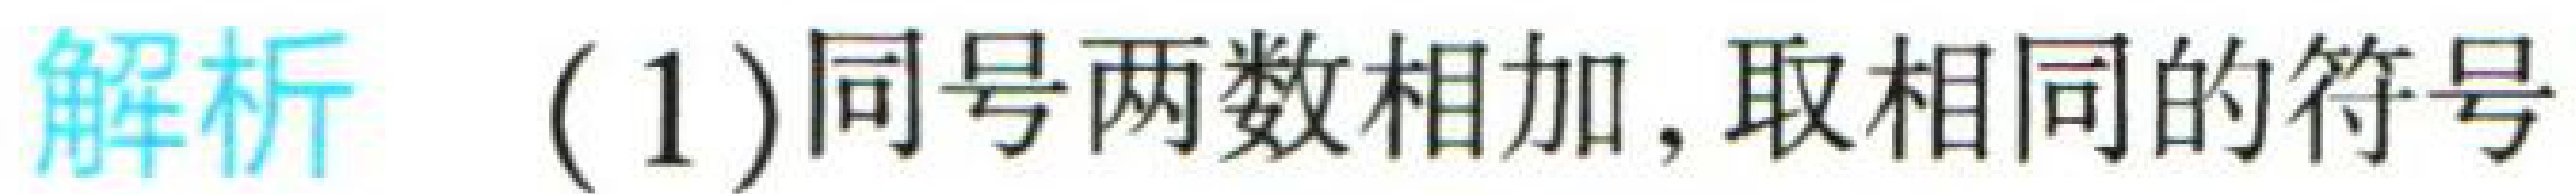
解析 (1)同号两数相加, 取相同的符号